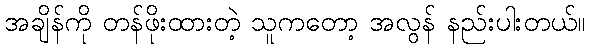
အချိန်ကို တန်ဖိုးထားတဲ့ သူကတော့ အလွန် နည်းပါးတယ်။